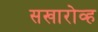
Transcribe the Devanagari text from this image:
सखारोव्ह